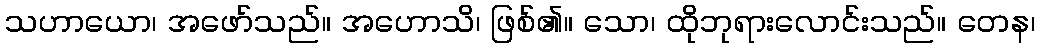
သဟာယော၊ အဖော်သည်။ အဟောသိ၊ ဖြစ်၏။ သော၊ ထိုဘုရားလောင်းသည်။ တေန၊